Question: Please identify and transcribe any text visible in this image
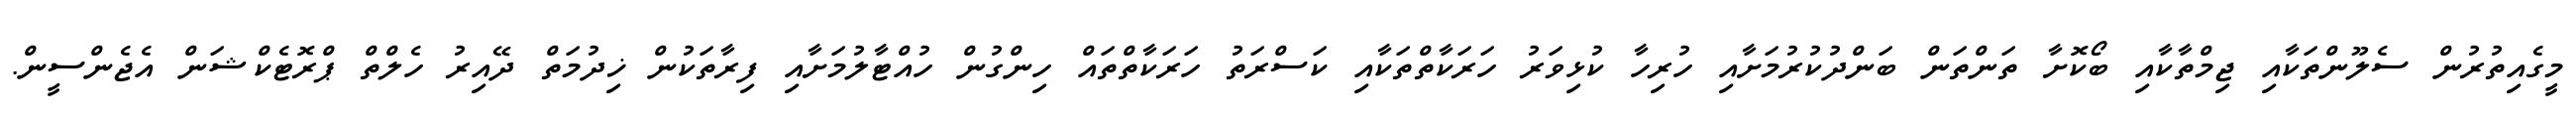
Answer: މީގެއިތުރުން ސެލޫންތަކާއި ޖިމްތާކާއި ބޯކޮށާ ތަންތަން ބަންދުކުރުމަށާއި ހުރިހާ ކުޅިވަރު ހަރަކާތްތަކާއި ކަސްރަތު ހަރަކާތްތައް ހިންގުން ހުއްޓާލުމަށާއި ފިރާތަކުން ޚިދުމަތް ދޭއިރު ހެލްތް ޕްރޮޓެކްޝަން އެޖެންސީން.